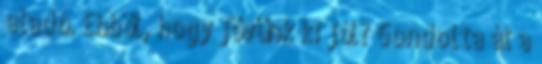
eladó. Ebből, hogy jövünk ki jól? Gondolta át a